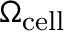
\Omega _ { \mathrm { c e l l } }